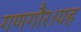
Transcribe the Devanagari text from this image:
गणगौर।यह